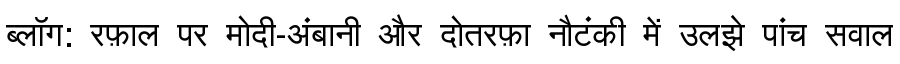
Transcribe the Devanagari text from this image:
ब्लॉग: रफ़ाल पर मोदी-अंबानी और दोतरफ़ा नौटंकी में उलझे पांच सवाल